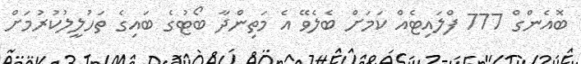
ބޮއެންގް 777 ފްލައިޓެއް ކަމަށް ބެލެވޭ އެ މަތިންދާ ބޯޓުގެ ބައިގެ ތަހުލީލުކުރުމަށް